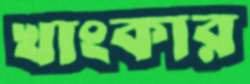
খাংকার